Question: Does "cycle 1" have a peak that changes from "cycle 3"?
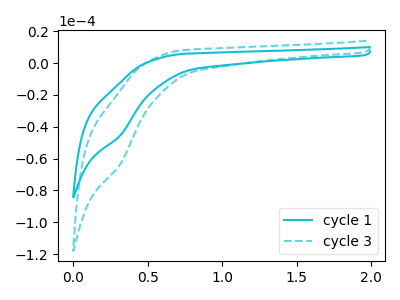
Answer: <think>The cyan curve "cycle 1" has a cathodic peak at: (0.30V, -45.25uA). The cyan dashed curve "cycle 3" has a cathodic peak at: (0.30V, -63.30uA).
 All the peaks in "cycle 1" have a peak in "cycle 3" at the same potential. Every peak in "cycle 1" is lower than every peak in "cycle 3".</think>
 <answer>No, "cycle 1" and "cycle 3" don't appear to be significantly different in shape</answer>
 <eval>no_change</eval>